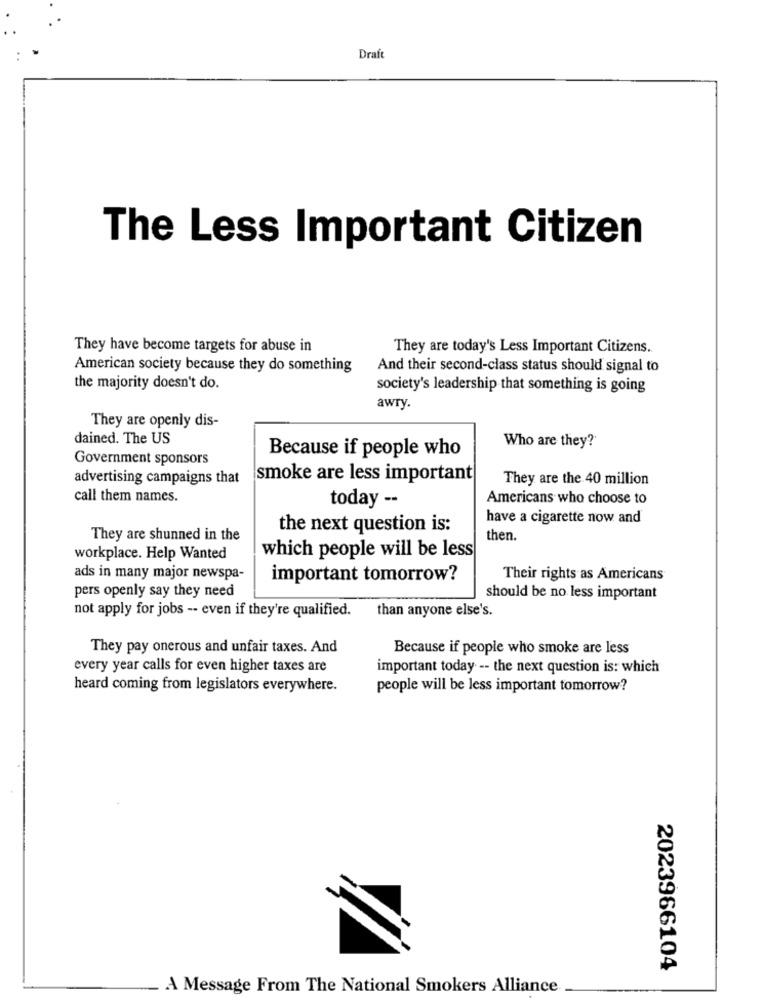
Draft
The Less Important Citizen
They have become targets for abuse in
They are today's Less Important Citizens.
American society because they do something
And their second-class status should signal to
the majority doesn't do.
society's leadership that something is going
awry.
They are openly dis-
dained. The US
Because if people who
Who are they?
Government sponsors
advertising campaigns that
smoke are less important
They are the 40 million
call them names.
today --
Americans who choose to
have a cigarette now and
the next question is:
They are shunned in the
then.
workplace. Help Wanted
which people will be less
ads in many major newspa-
important tomorrow?
Their rights as Americans
pers openly say they need
should be no less important
than anyone else's.
not apply for jobs -- even if they're qualified.
They pay onerous and unfair taxes. And
Because if people who smoke are less
every year calls for even higher taxes are
important today -- the next question is: which
heard coming from legislators everywhere.
people will be less important tomorrow?
2023966104
A Message From The National Smokers Alliance